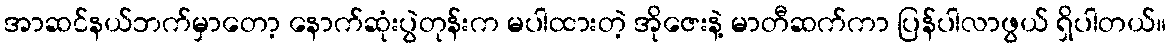
အာဆင်နယ်ဘက်မှာတော့ နောက်ဆုံးပွဲတုန်းက မပါထားတဲ့ အိုဇေးနဲ့ မာတီဆက်ကာ ပြန်ပါလာဖွယ် ရှိပါတယ်။